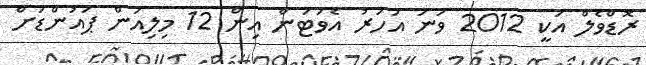
ރޮޑްވެލް އަކީ 2012 ވަނަ އަހަރު އެވަޓަން އިން 12 މިލިއަން ޕައުންޑަށް